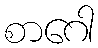
စာဂေါ